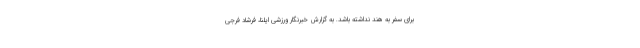
برای سفر به هند نداشته باشد. به گزارش خبرنگار ورزشی ایلنا، فرشاد فرجی